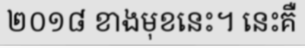
២០១៨ ខាងមុខនេះ។ នេះគឺ